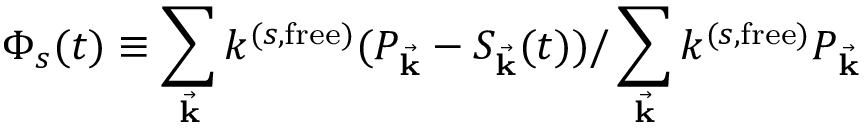
\Phi _ { s } ( t ) \equiv \sum _ { { \vec { \mathbf { k } } } } k ^ { ( s , \mathrm { f r e e } ) } ( P _ { \vec { \mathbf { k } } } - S _ { \vec { \mathbf { k } } } ( t ) ) / \sum _ { \vec { \mathbf { k } } } k ^ { ( s , \mathrm { f r e e } ) } P _ { \vec { \mathbf { k } } }